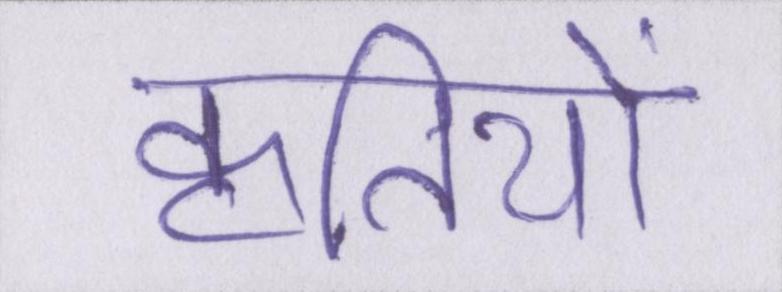
कृतियों